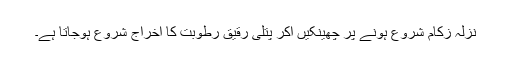
نزلہ زکام شروع ہونے پر چھینکیں آکر پتلی رقیق رطوبت کا اخراج شروع ہوجاتا ہے۔